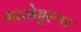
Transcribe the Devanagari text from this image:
गरजेनुरूप